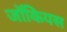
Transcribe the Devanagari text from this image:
जॉकियस